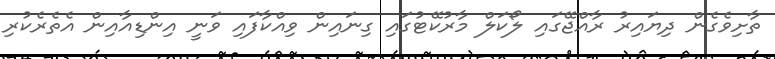
ތާށިވެގެން ދިޔައިރު ރާއްޖޭގައި ލޯކަލް މާރުކޭޓުގައި ގިނައިން ވިއްކާފައި ވަނީ އިންޑިއާއިން އެތެރެކުރި